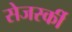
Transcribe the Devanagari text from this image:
सेजर्स्की